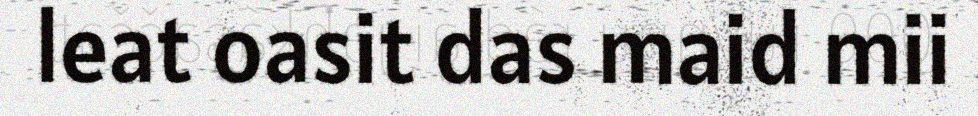
leat oasit das maid mii